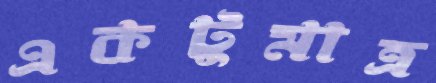
একটুমাত্র